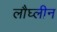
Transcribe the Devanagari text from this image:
लौघ्लीन